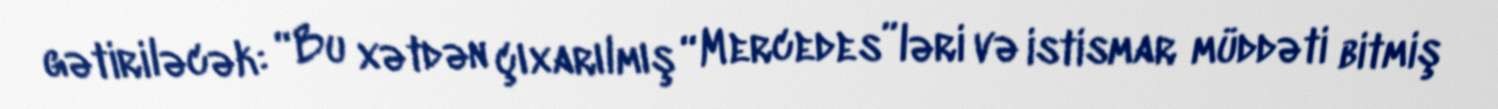
gətiriləcək: “Bu xətdən çıxarılmış “Mercedes”ləri və istismar müddəti bitmiş